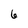
Character: 6